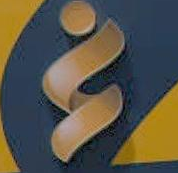
&